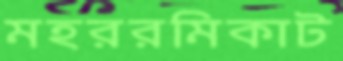
মহররমিকাট